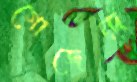
গোজেন্দ্র